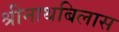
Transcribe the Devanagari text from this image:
श्रीनाथबिलास